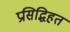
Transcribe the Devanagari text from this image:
प्रसिद्धिहत